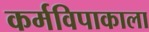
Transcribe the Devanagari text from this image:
कर्मविपाकाला